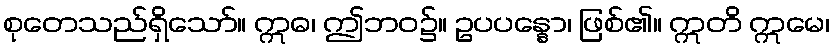
စုတေသည်ရှိသော်။ ဣဓ၊ ဤဘဝ၌။ ဥပပန္နော၊ ဖြစ်၏။ ဣတိ ဣမေ၊